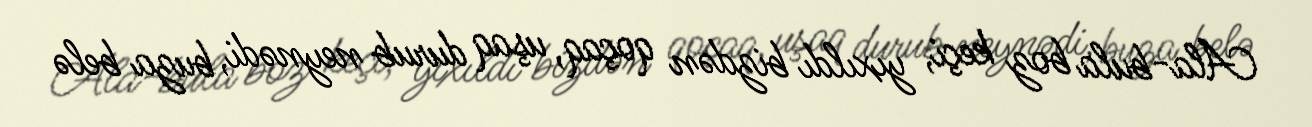
Ala-bula boz keçi, yıxıldı bizdən qoçaq, uşaq durub neynədi, buza belə